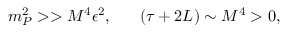
m _ { P } ^ { 2 } > > M ^ { 4 } \epsilon ^ { 2 } , ~ ~ ~ ~ ~ ( \tau + 2 L ) \sim M ^ { 4 } > 0 ,